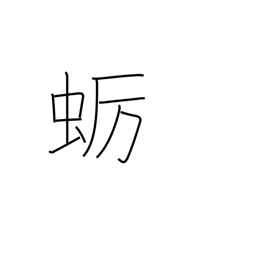
Meaning: oyster